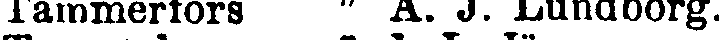
Tammerfors " A. J. Lundborg.